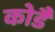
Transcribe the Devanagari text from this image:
कोडै